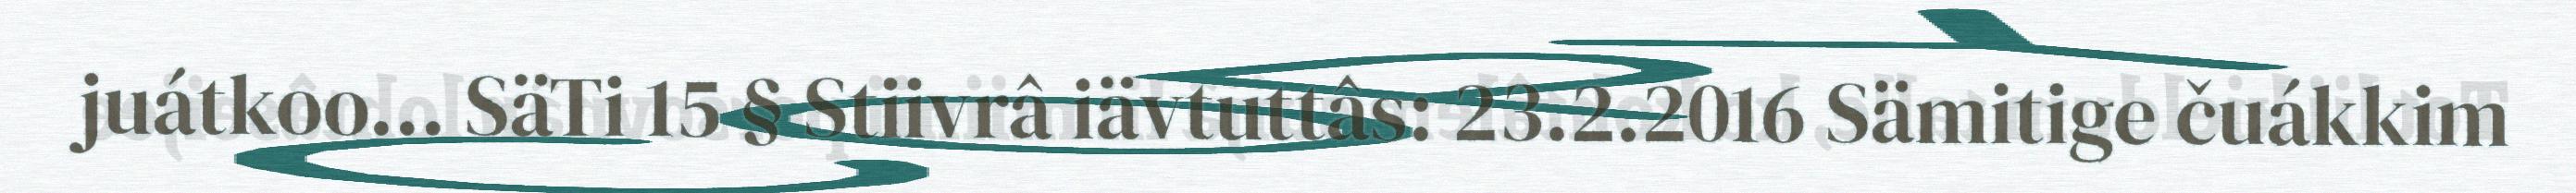
juátkoo… SäTi 15 § Stiivrâ iävtuttâs: 23.2.2016 Sämitige čuákkim